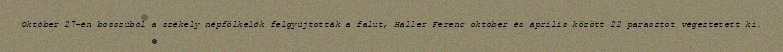
Október 27-én bosszúból a székely népfölkelők felgyújtották a falut, Haller Ferenc október és április között 22 parasztot végeztetett ki.